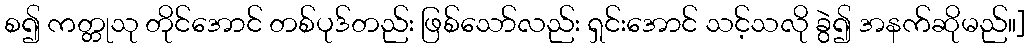
စ၍ ကတ္တုသု တိုင်အောင် တစ်ပုဒ်တည်း ဖြစ်သော်လည်း ရှင်းအောင် သင့်သလို ခွဲ၍ အနက်ဆိုမည်။]